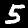
Digit: 5